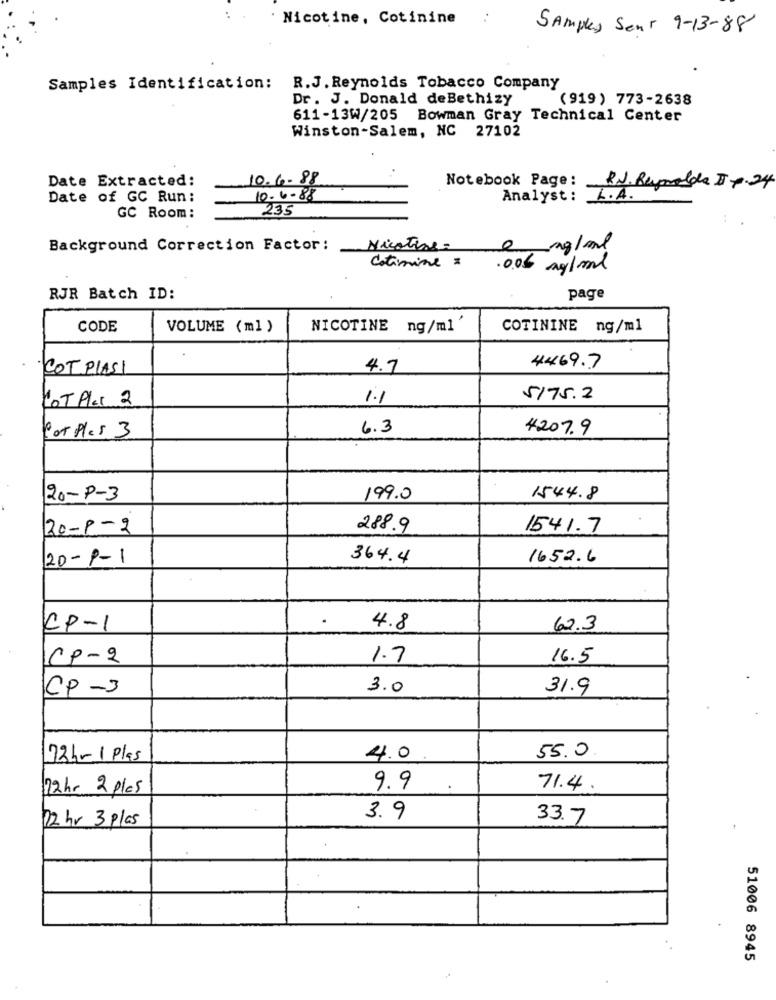
Nicotine, Cotinine
:
Samples Sent 9-13-88
Samples Identification:
R.J. Reynolds Tobacco Company
Dr. J. Donald deBethizy
(919) 773-2638
611-13W/205 Bowman Gray Technical Center
Winston-Salem, NC 27102
Date Extracted:
10.6.88
Notebook Page :
RN. Reynolds DI 7-24
Date of GC Run:
10.6.88
Analyst: L.A.
235
GC Room:
Background Correction Factor:
Nicotine:
0 mg/ml
Cotimine =
005 mg/ml
RJR Batch ID:
page
CODE
VOLUME (ml )
NICOTINE ng/ml
COTININE ng/ml
· COT PIASI
4.7
4469.7
LOT Plac 2
1.1
5175.2
6.3
4.207.9
Por Ples 3
20-P-3
199.0
1544.8
20-P-2
288.9
1541.7
20-P-1
364.4
1652.6
CP-1
4.8
62.3
CP-2
1.7
16.5
CP-3
3.0
31.9
72h-1 plas
4.0
55.0
72hr 2 plas
9.9
71.4.
12 hr 3 plas
3.9
33.7
51006 8945